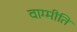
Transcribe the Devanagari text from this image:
वाग्मीति